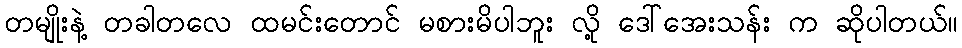
တမျိုးနဲ့ တခါတလေ ထမင်းတောင် မစားမိပါဘူး လို့ ဒေါ်အေးသန်း က ဆိုပါတယ်။